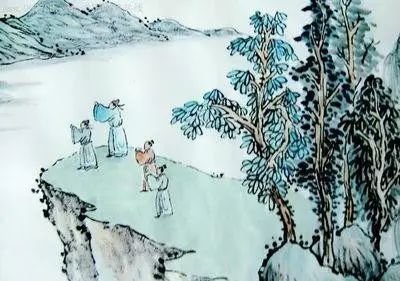
算翠屏应是，两眉馀恨倚黄昏。